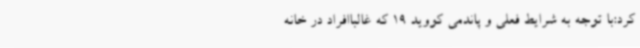
کرد:با توجه به شرایط فعلی و پاندمی کووید 19 که غالباافراد در خانه